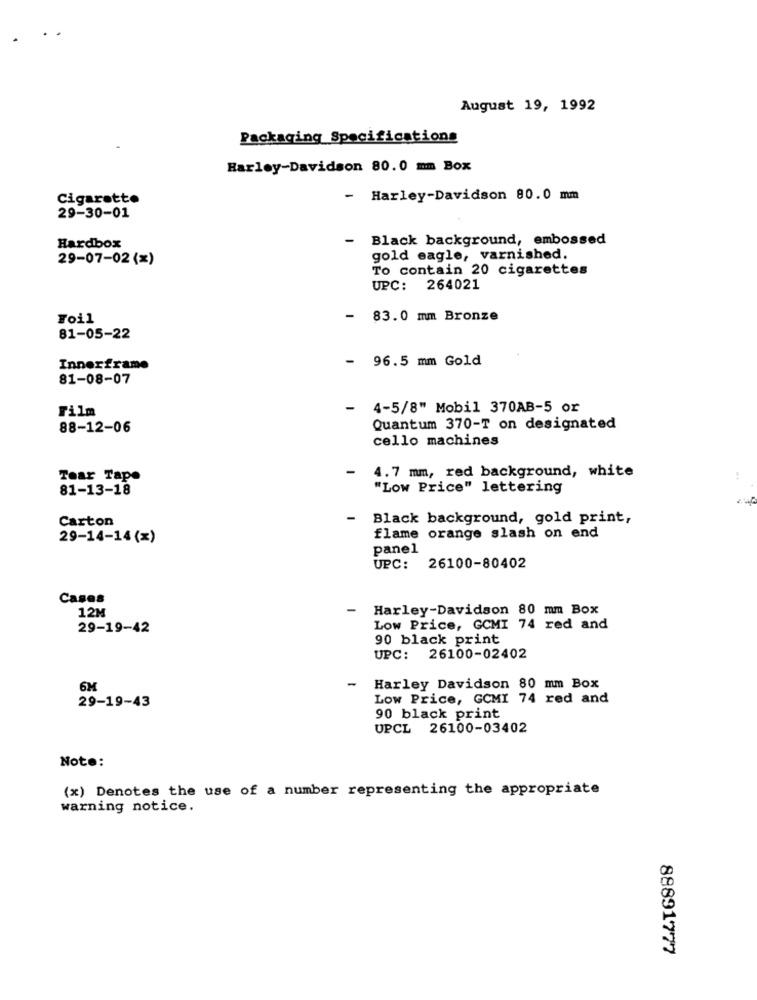
August 19, 1992
Packaging Specifications
Harley-Davidson 80.0 mm Box
Cigarette
- Harley-Davidson 80.0 mm
29-30-01
-
Black background, embossed
Hardbox
29-07-02 (*)
gold eagle, varnished.
To contain 20 cigarettes
UPC: 264021
Toil
83.0 mm Bronze
81-05-22
- 96.5 mm Gold
Innerframe
81-08-07
Film
-
4-5/8" Mobil 370AB-5 or
88-12-06
Quantum 370-T on designated
cello machines
-
4.7 mm, red background, white
Tear Tape
81-13-18
"Low Price" lettering
Carton
- Black background, gold print,
29-14-14(x)
flame orange slash on end
panel
UPC: 26100-80402
Cases
12M
Harley-Davidson 80 mm Box
29-19-42
Low Price, GCMI 74 red and
90 black print
UPC:
26100-02402
6M
-
Harley Davidson 80 mm Box
29-19-43
Low Price, GCMI 74 red and
90 black print
UPCL 26100-03402
Note:
(x) Denotes the use of a number representing the appropriate
warning notice.
88891777